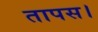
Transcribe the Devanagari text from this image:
तापस।